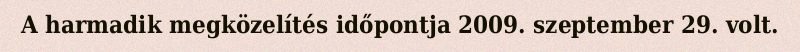
A harmadik megközelítés időpontja 2009. szeptember 29. volt.